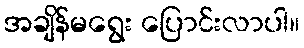
အချိန်မရွေး ပြောင်းလာပါ။